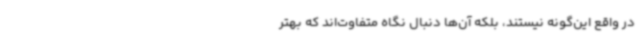
در واقع این‌گونه نیستند، بلکه آن‌ها دنبال نگاه متفاوت‌اند که بهتر